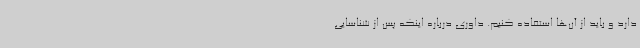
دارد و باید از آن‌ها استفاده کنیم. داوری درباره اینکه پس از شناسایی